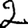
Digit: 2